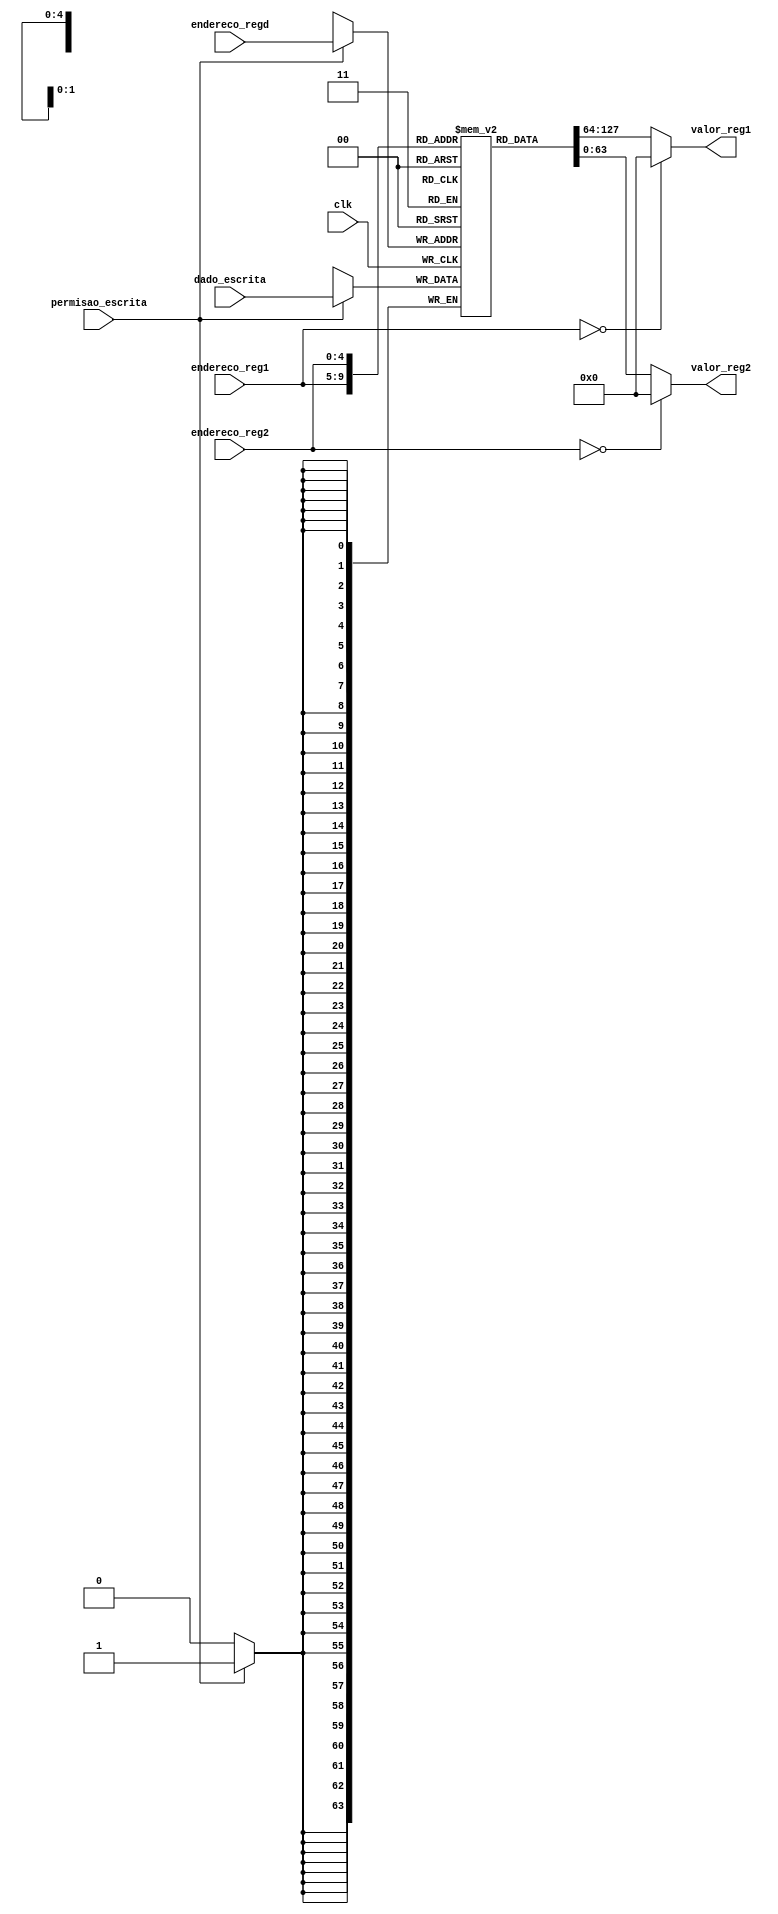
// Grupo 5
// Nomes:
// Thaylor Hugo - 13684425 
// Felipe Soria - 13864287
// Alejandro Larrea - 13791522  

// Banco de 32 registradores de 64bits
module banco_reg #(
    parameter BITS = 63
) (
    input clk, permisao_escrita,
    input [4:0] endereco_regd, endereco_reg1, endereco_reg2,
    input [BITS:0] dado_escrita,
    output [BITS:0] valor_reg1, valor_reg2
);

integer i;
    reg [BITS:0] registradores [31:0]; 

    initial begin
        for (i=0; i<32; i=i+1) begin
            registradores[i] <= i;
        end
    end

    always @(posedge clk) begin
        if (permisao_escrita)
            registradores[endereco_regd] = dado_escrita;
    end
    
    /* registradores[0] reservado -> sempre retorna 0 */

    assign valor_reg1 = (endereco_reg1 == 0)? 16'b0 : registradores[endereco_reg1];
    assign valor_reg2 = (endereco_reg2 == 0)? 16'b0 : registradores[endereco_reg2];
    
endmodule